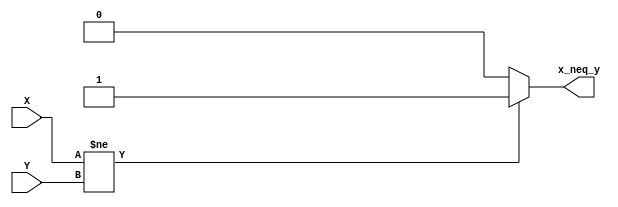
`timescale 1ns / 1ps
//////////////////////////////////////////////////////////////////////////////////
// Company: 
// Engineer: 
// 
// Design Name: 
// Module Name:    not_equal 
// Project Name: 
// Target Devices: 
// Tool versions: 
// Description: 
//
// Dependencies: 
//
// Revision: 
// Revision 0.01 - File Created
// Additional Comments: 
//
//////////////////////////////////////////////////////////////////////////////////
module not_equal(X, Y, x_neq_y);

input [7:0] X;
input [7:0] Y;
output x_neq_y;

assign x_neq_y = (X != Y) ? 1'b1:1'b0;

endmodule